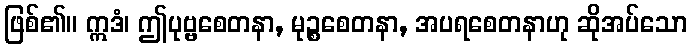
ဖြစ်၏။ ဣဒံ၊ ဤပုဗ္ဗစေတနာ, မုဉ္စစေတနာ, အပရစေတနာဟု ဆိုအပ်သော